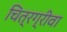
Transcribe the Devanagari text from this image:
चित्रग्रीवा